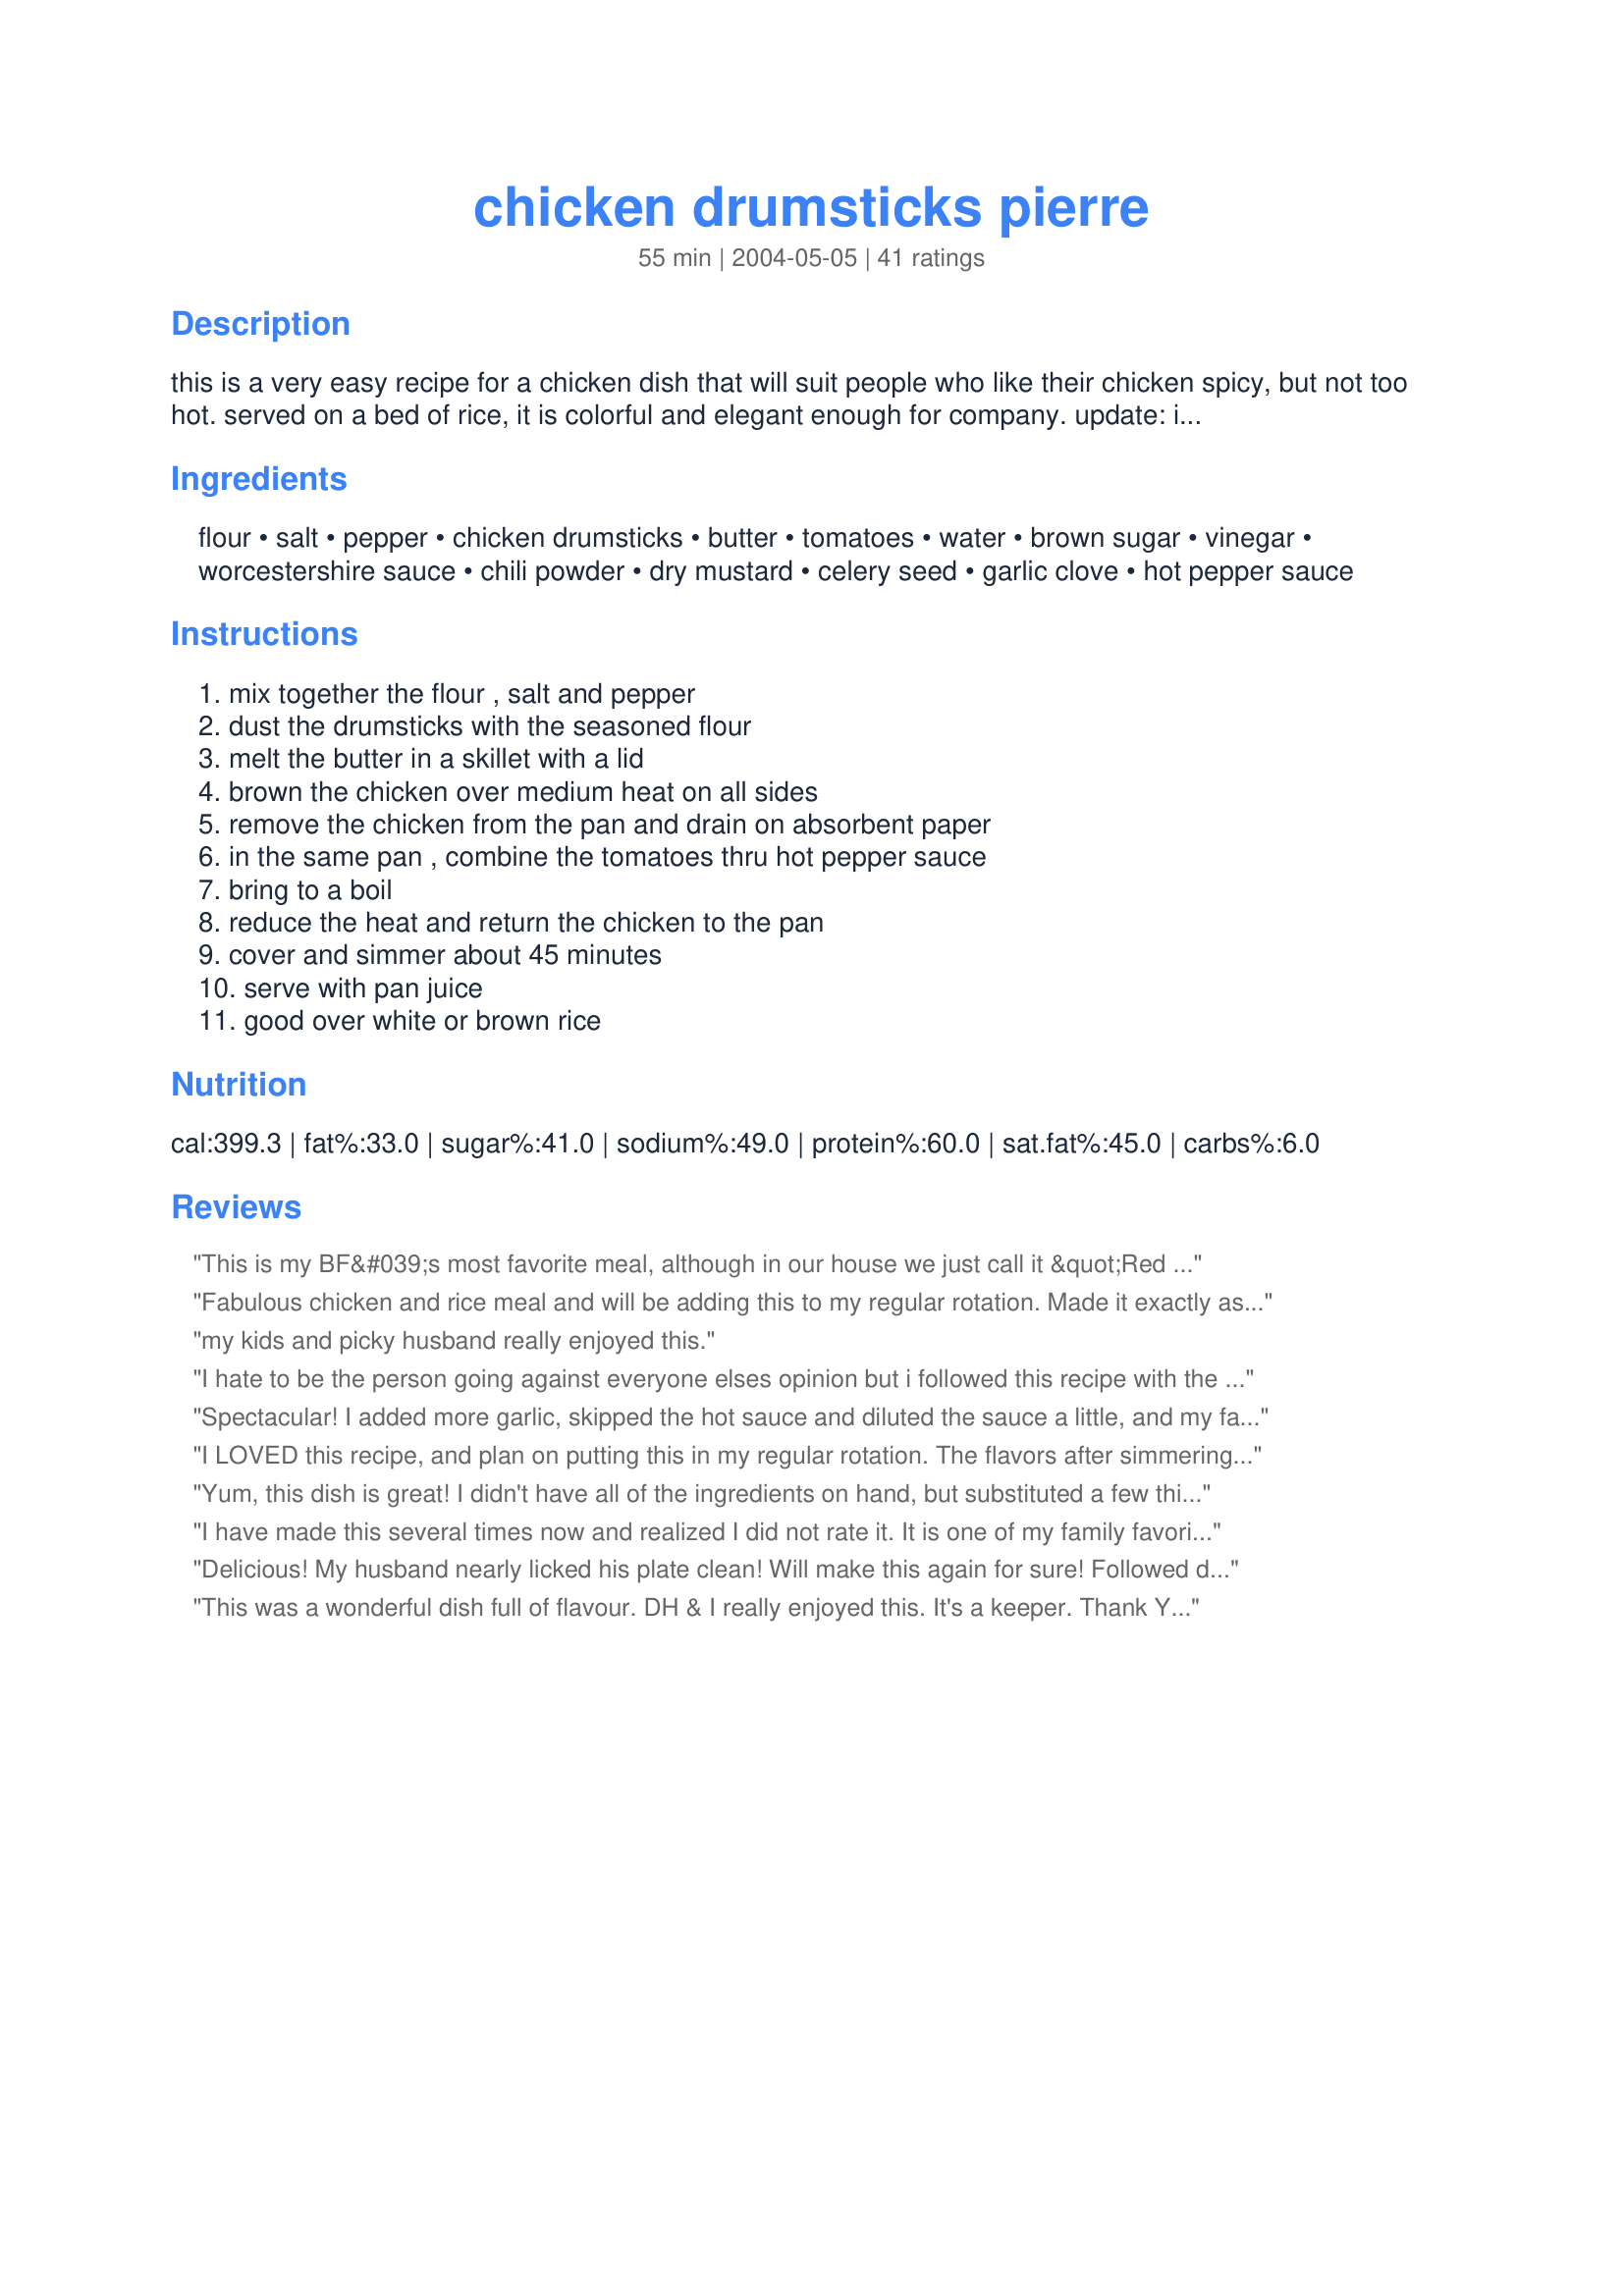
chicken drumsticks pierre
Preparation time: 55 minutes

this is a very easy recipe for a chicken dish that will suit people who like their chicken spicy, but not too hot. served on a bed of rice, it is colorful and elegant enough for company. update: i suggest that you not substitute regular mustard for dry mustard. regular mustard is made by mixing dry mustard with a substantial amount of vinegar and will completely change the flavor of the dish.

Ingredients:
flour, salt, pepper, chicken drumsticks, butter, tomatoes, water, brown sugar, vinegar, worcestershire sauce, chili powder, dry mustard, celery seed, garlic clove, hot pepper sauce

Steps:
mix together the flour , salt and pepper, dust the drumsticks with the seasoned flour, melt the butter in a skillet with a lid, brown the chicken over medium heat on all sides, remove the chicken from the pan and drain on absorbent paper, in the same pan , combine the tomatoes thru hot pepper sauce, bring to a boil, reduce the heat and return the chicken to the pan, cover and simmer about 45 minutes, serve with pan juice, good over white or brown rice

Reviews:
This is my BF&#039;s most favorite meal, although in our house we just call it &quot;Red Chicken.&quot; He has me make it at least once a week. Flavorful, warm, makes the house smell amazing. I do make a couple teensy changes. I use chicken broth instead of water, I find it gives a little more flavor. I double (at least) the garlic (because who doesn&#039;t love garlic). I also use 2 tsp chili powder and 1-2 tsp cayenne instead of a hot sauce as we like our spice SPICY. Add some sliced red onions on top during the last 15-20 mins so they&#039;re soft but not mushy. BAM. So good. I typically serve this over rice with green beans &amp; crusty bread on the side (for mopping up the delicious red sauce).
Fabulous chicken and rice meal and will be adding this to my regular rotation. Made it exactly as directed and both DH and I scraped our plates clean. Yummy! Thanks for posting!
my kids and picky husband really enjoyed this.
I hate to be the person going against everyone elses opinion but i followed this recipe with the only the exception of regular instead of dry mustard and it was only ok. I like foods that don't way you down & this chicken does just that, & there were just so many different flavors going on at once.
Spectacular! I added more garlic, skipped the hot sauce and diluted the sauce a little, and my family gobbled it up! It even tasted good on Mexican rice (odd combo day...) which surprised me. I used diced celery since I ran out of celery seed, and it tasted fine! We are definitely going to do this recipe again.
I LOVED this recipe, and plan on putting this in my regular rotation. The flavors after simmering work perfectly together. I followed the recipe exactly with only one exception: I used 3 leg quarters, skin on, bone in (making 6 pieces total, a little over 3 lbs) and the sauce was more than enough! I served with rice and mashed carrots. Will definitely make this again. :D
Yum, this dish is great! I didn't have all of the ingredients on hand, but substituted a few things such as chilli sauce for chilli powder, vegetable oil for butter, cayenne pepper for hot pepper sauce. Also didn't have celery seeds or dried mustard but it didn't matter, the chicken turned out fantastic. Thanks for a quick, easy & tasty recipe!
I have made this several times now and realized I did not rate it. It is one of my family favorites. I have used both drumsticks and boneless breasts. I found the recipe easy to follow and quick to prepare.

This sauce is so good I am going to try it on other meats/fish. Thanks for the post.
Delicious! My husband nearly licked his plate clean! Will make this again for sure! Followed directions exactly. Thanks for the great recipe!
This was a wonderful dish full of flavour. DH & I really enjoyed this. It's a keeper. Thank You so much.
I didn't really like this- and we usually LOVE every high rated recipe on zaar...but I think it was just my personal tastes, not the recipe. So, four stars. I actually thought while I was eating it that it would be better over mashed potatoes...
Wonderful! I cooked this dish in a wok; I find that I like to use it for everything, and it works great. 

I dressed my chicken with garlic powder, Hungarian paprika and red pepper flakes in addition to the flour, salt and pepper. And I did not remove the chicken after cooking the chicken (that I cooked all te way through before adding a bit more butter and the liquid mixture (tomatoes to the hot pepper (I used tabasco)) to the wok. The simmer of 45 minutes really locks in the delish flavor, but for those who don't like it too spicy, watch out! :-)
This is such a good recipe. It makes a nice weekday meal or is more than suitable to serve to company. The wonderful flavours are absorbed into the chicken. I did add some red pepper flakes instead of the hot pepper sauce. Try it, you won't be sorry!
Delicious, and so easy to make. My husband loved it. I served it with rice and cabbage. I think I have a new pot luck meal.
I was disappointed with this recipe because I didn't think the sauce had nearly enough flavor. I doubt I'll make it again, but if I do I'll have to add extra spices
A good quick chicken dish that we all enjoyed. I didn't have celery seed or garlic, so subbed the salt with garlic and celery salt. Really easy to make and plety of flavour thank you.
KEEPER!! Reasons: So easy, So quick and tastes great with rice. Great for a busy working mom. Oh, I was busy so I skipped the browning of the chicken steps. I just put the chicken in a big pot, added all the seasonings, covered and cooked for 45 minutes
Very good recipe! My whole family enjoyed it! We have used it a few times and it is always a big hit!
LOVED the taste and great over rice. but i would have made it with something other than chix drumsticks which are so stringy. Maybe with breast chunks or even thighs
This recipe was so easy and fast to prepare, and the kids loved it! Even my picky teens came back for second and third helpings! We'll be making this one a lot.
Succulent chicken in a slight sweet and sour sauce. It was extremely easy to prepare and in advance. I used one more garlic clove then the recipe stated but it was the only change I made.
YUM! This is an excellent recipe. The only thing I didn't put in was celery seed (didn't have any on hand). I added a sliced red pepper and an onion. I fry them up just after browning the chicken but only added them to the sauce during the last 10 minutes of cooking. Next time I'll try it with boneless, skinless chicken breasts. Thanks for an easy & delicious recipe!!
Wonderfully easy, very tasty! We increased the hot sauce a bit, and used celery leaves as I was out of celery seed. Served over potato gnocchi with steamed carrots on the side. I'm looking forward to trying this with pork chops, also. Thanks for sharing!
We have made this several times n ow and we all love it. I did leave out the hot sauce so my children would eat it though. It is wonderful over rice. YUM! Thanks for posting this one!
This is a fantastic recipe! The blend of ingredients produces an outstanding flavour. I didn't have chili powder and just used more hot pepper sauce. I also didn't have celery seed and didn't miss it in the recipe. I also used more garlic, as we are huge fans. I have used the same sauce to cook seafood (a blend of shrimp, scallops, mussels, calimari, squid) and was amazed with the results. Thank you for a great recipe, which I will be making over and over again!!!
Amazingly delicious!! Lots of flavor without lots of heat! My DH and I really enjoyed these drumsticks; we had them over brown rice, with some lightly steamed asparagus on the side. Yum!! The only changes I made were to reduce the servings to 2, sub olive oil for the butter, and use low sodium (diced) canned tomatoes. I also didn't have any celery seed, so I used celery salt (and a bit less regular salt). We're now able to buy organic chicken drumsticks at our local grocery store, so I wanted to find a recipe that would do them proud--this is definitely it! Thanks so much for sharing it, echo echo!!
This was a great meal! Pulled chicken apart and served over egg noodles with the sauce-my family loved it!
The recipe was fairly hassle-free and had an excellent flavour. The hot sauce - which I added much more, maybe 15 drops of Tabasco - balances the sweetness of the brown sugar nicely. I added sliced red, yellow, and orange peppers in the last 10 minutes of cooking time.
Loved it! Great company dinner, delicious and easy. Used 6 chicken thighs, and essentially doubled the sauce ingredients (omitting dry mustard and celery seed, was out of both). Amazing flavor, thanks so much!!
I haven't actually tasted this yet, but if it tastes half as good as it smells while cooking it will be GREAT! Smells to me like mashed potatoes will be a good accompaniment.
Tender, juicy, and very flavorful. Great dish! Followed directions to the T except for the celery seed which i didn&#039;t have on hand so in my mind celery salt was next best thing. lol. Still tasted awesome.
Very enjoyable. I made 10 drumsticks (2.4 total pounds). I liked "dusting" the drumsticks better than dredging them. That was fun. I didn't have celery seeds, so I omitted the salt and used a scant tsp of celery salt. Increased the garlic and hot pepper sauce, and used only 1.5 tbsp of butter. Came out very nice. Everyone liked it. Served with rice and the sauce was very good. Not too sweet like a BBQ sauce, but not spicy either. Also served with Recipe #221551. Thanks for a yummy dinner.
I made this tonight for my husband who loves spicy. I have to say that reading other reviews helped because one review said that it was kind of tasteless. I know I like very strong taste so what I did was I just increased the amount of vinegar, used hot chili powder instead and also used Frank&#039;s Red hot maybe like 10 drops, it was delish! I have to say if you don&#039;t like too sweet, maybe use only 1 tablespoon of brown sugar. Overall, it is a fantastic recipe with great cooking time and it was relatively easy too. Thanks a lot, will definitely make it again!
Fantastic! The combination of ingredients made the chicken wonderfully flavorful. My husband loved it! I double the recipe so we could have it for leftovers. I would not change anything the recipe. It was fast and easy to make. Thank you so much for sharing it.
I must say this recipe was so very good!! I followed the recipe. Drums came out tender as can be with the taste just as wonderful. Thank You for posting. Will make again...Hugs
Fabulous chicken recipe. Succulent; delicious. The only change I made was to used a sprinkle of pepper flakes instead of the hot pepper sauce. I also skinned the chicken pieces - personal preference. I will definitely make this again.
Very nice, I didn't have any celery seed and I only had prepared mustard so I used that and it still tasted good. Thanks for posting.
Very quick and easy to make! Great flavor.
This is a family pleaser. Nice flavor easy prep. Definite keeper here.
Very easy to put together....I almost followed the directions to the T....but had no celery seed or dry mustard. I substituted fresh sliced celery and a tblsp. of prepared mustard. I am sure the taste was very simular.....in any case...it was delicious. Thanks for another recipe to add to my growing file of keeper recipes found here on Recipezaar.
This is a very easy recipe. You can prepare or freeze it in advance. I added peppers to the sauce for more veggies and fried Zucchini on top. With rice it makes a complete and healthy meal. I didn't find it too spicy. It was just right with a nice sweet & sour taste. If your looking for a no fuss recipe that even small kids like, this would be it. Thanks for sharing.
